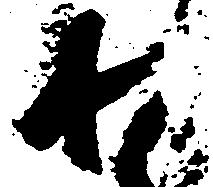
わ